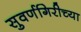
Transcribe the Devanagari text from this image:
सुवर्णगिरीच्या